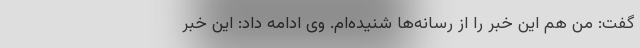
گفت: من هم این خبر را از رسانه‌ها شنیده‌ام. وی ادامه داد: این خبر